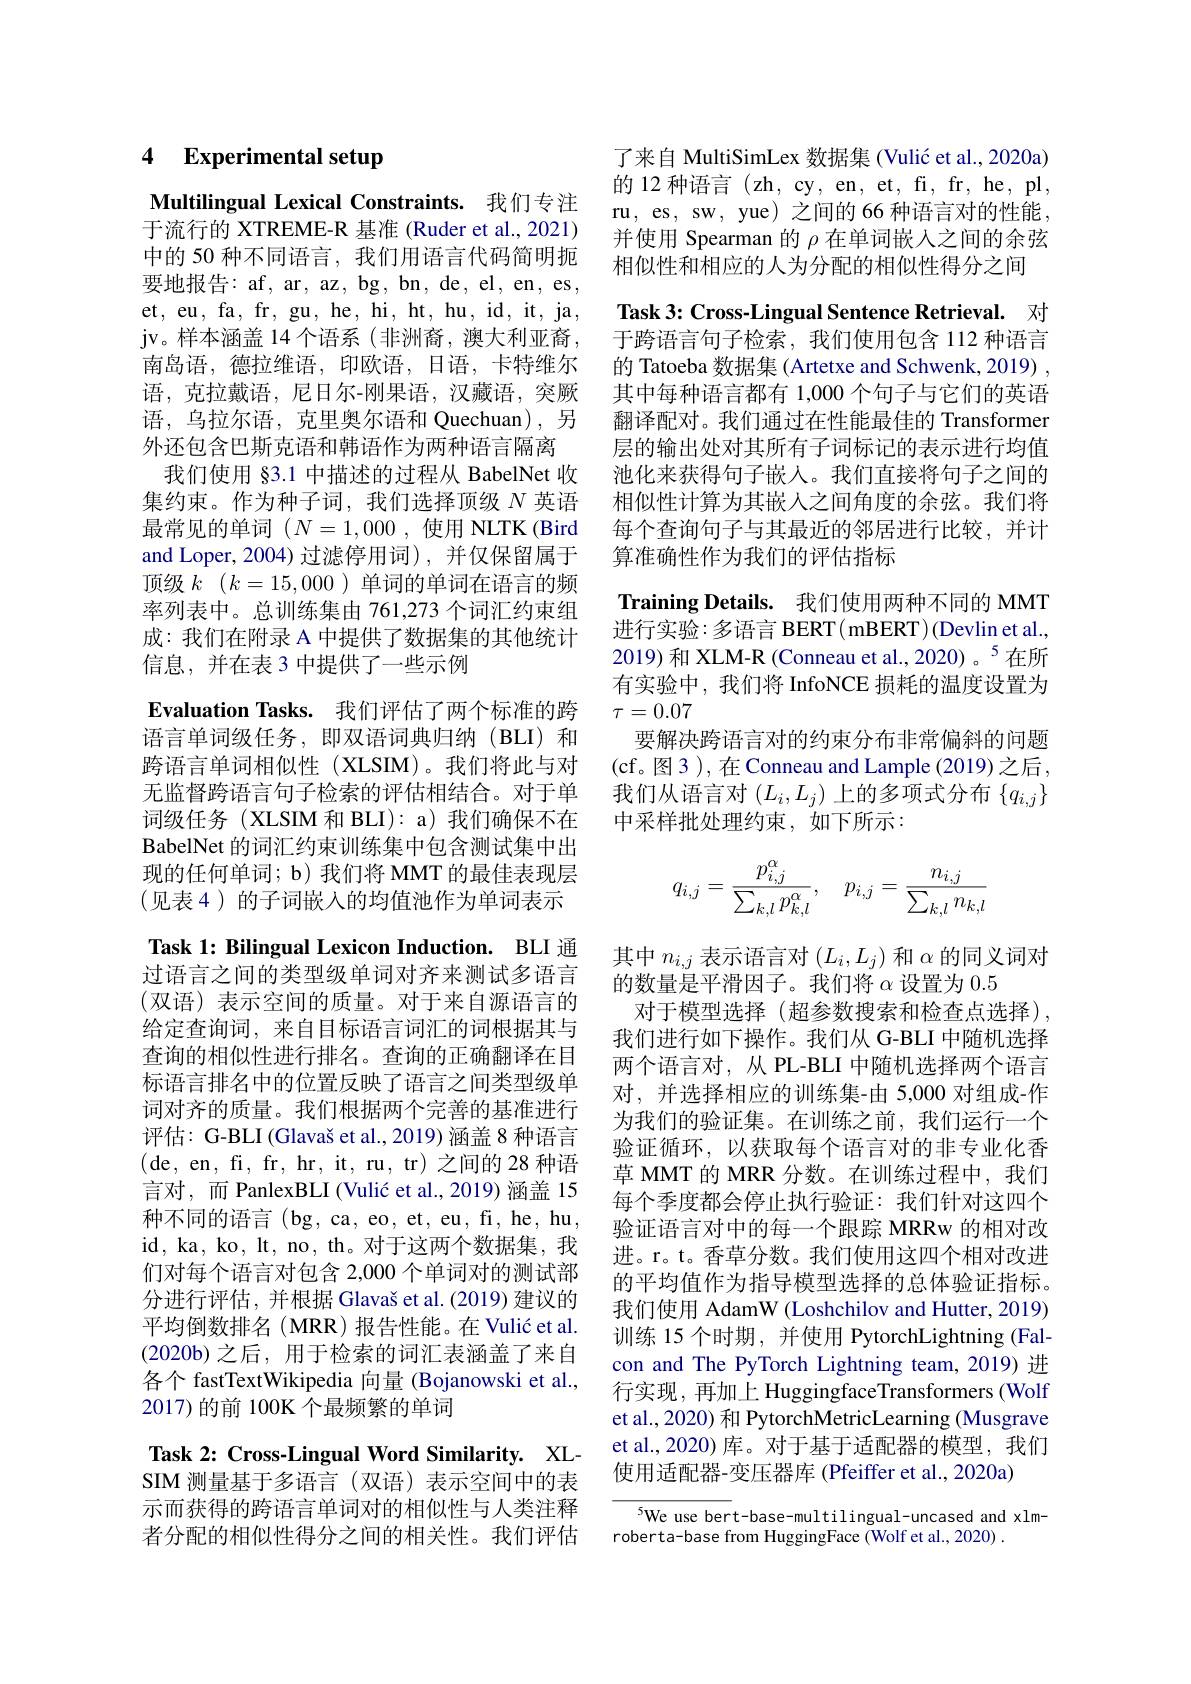
# 4 Experimental setup

Multilingual Lexical Constraints. 我们专注于流行的 XTREME-R 基准 (Ruder et al., 2021) 中的 50 种不同语言，我们用语言代码简明扼要地报告：af, ar, az, bg, bn, de, el, en, es, et, eu, fa, fr, gu, he, hi, ht, hu, id, it, ja, jv。样本涵盖 14 个语系(非洲裔，澳大利亚裔， 南岛语，德拉维语，印欧语，日语，卡特维尔语，克拉戴语，尼日尔-刚果语，汉藏语，突厥语，乌拉尔语，克里奥尔语和 Quechuan),另外还包含巴斯克语和韩语作为两种语言隔离我们使用 §3.1 中描述的过程从 BabelNet 收集约束。作为种子词，我们选择顶级$N$英语最常见的单词$(N=1,000$,使用 NLTK (Bird and Loper, 2004) 过滤停用词), 并仅保留属于顶级$k$ $( k= 15, 000$ )单词的单词在语言的频率列表中。总训练集由 761,273 个词汇约束组成：我们在附录 A 中提供了数据集的其他统计信息，并在表 3 中提供了一些示例
$\textbf{Evaluation Tasks. 我 们 评 估 了 两 个 标 准 的 跨 }$ 语言单词级任务，即双语词典归纳(BLI)和跨语言单词相似性(XLSIM)。我们将此与对无监督跨语言句子检索的评估相结合。对于单词级任务(XLSIM 和 BLI): a) 我们确保不在BabelNet 的词汇约束训练集中包含测试集中出现的任何单词；b) 我们将 MMT 的最佳表现层(见表 4)的子词嵌入的均值池作为单词表示Task 1: Bilingual Lexicon Induction. BLI 通过语言之间的类型级单词对齐来测试多语言(双语)表示空间的质量。对于来自源语言的

给定查询词，来自目标语言词汇的词根据其与查询的相似性进行排名。查询的正确翻译在目标语言排名中的位置反映了语言之间类型级单词对齐的质量。我们根据两个完善的基准进行评估：G-BLI (Glavaš et al.,2019) 涵盖 8 种语言(de,en,fi,fr,hr,it,ru,tr)之间的28种语言对，而 PanlexBLI (Vulić et al., 2019) 涵盖 15种不同的语言(bg,ca,eo,et,eu,fi,he,hu, id, ka, ko, lt, no, th。对于这两个数据集，我们对每个语言对包含 2,000 个单词对的测试部分进行评估，并根据 Glavaš et al. (2019) 建议的平均倒数排名(MRR)报告性能。在 Vulić et al. $(2020b)$之后，用于检索的词汇表涵盖了来自各个 fastTextWikipedia 向量 (Bojanowski et al., 2017)的前 100K 个最频繁的单词

Task 2: Cross-Lingual Word Similarity. XL-

SIM 测量基于多语言(双语)表示空间中的表示而获得的跨语言单词对的相似性与人类注释者分配的相似性得分之间的相关性。我们评估

了来自 MultiSimLex 数据集 (Vulić et al., 2020a) 的 12 种语言 (zh, cy, en, et, fi, fr, he, pl, ru, es, sw, yue) 之间的 66 种语言对的性能， 并使用 Spearman 的$\rho$在单词嵌人之间的余弦相似性和相应的人为分配的相似性得分之间

Task 3: Cross-Lingual Sentence Retrieval. 对于跨语言句子检索，我们使用包含 112 种语言的 Tatoeba 数据集 (Artetxe and Schwenk, 2019) , 其中每种语言都有 1,000 个句子与它们的英语翻译配对。我们通过在性能最佳的 Transformer 层的输出处对其所有子词标记的表示进行均值池化来获得句子嵌人。我们直接将句子之间的相似性计算为其嵌入之间角度的余弦。我们将每个查询句子与其最近的邻居进行比较，并计算准确性作为我们的评估指标

Training Details. 我们使用两种不同的 MMT 进行实验：多语言 BERT( mBERT)(Devlin et al., 2019) 和 XLM-R (Conneau et al.,2020) 。$^{5}$在所有实验中，我们将 InfoNCE 损耗的温度设置为$\tau=0.07$
要解决跨语言对的约束分布非常偏斜的问题(cf。图3 ), 在Conneau and Lample (2019)之后， 我们从语言对$(L_i,L_j)$上的多项式分布$\{q_{i,j}\}$ 中采样批处理约束，如下所示：
$$q_{i,j}=\frac{p_{i,j}^\alpha}{\sum_{k,l}p_{k,l}^\alpha},\quad p_{i,j}=\frac{n_{i,j}}{\sum_{k,l}n_{k,l}}$$
其中$n_{i,j}$表示语言对$(L_i,L_j)$和$\alpha$的同义词对
的数量是平滑因子。我们将$\alpha$设置为0.5
对于模型选择(超参数搜索和检查点选择), 我们进行如下操作。我们从 G-BLI 中随机选择两个语言对，从 PL-BLI 中随机选择两个语言对，并选择相应的训练集-由 5,000 对组成-作为我们的验证集。在训练之前，我们运行一个验证循环，以获取每个语言对的非专业化香草 MMT 的 MRR 分数。在训练过程中，我们每个季度都会停止执行验证：我们针对这四个验证语言对中的每一个跟踪 MRRw 的相对改进。r。t。香草分数。我们使用这四个相对改进的平均值作为指导模型选择的总体验证指标。我们使用 AdamW (Loshchilov and Hutter, 2019) 训练 15 个时期 , 并使用 PytorchLightning (Falcon and The PyTorch Lightning team,2019) 进行实现，再加上 HuggingfaceTransformers (Wolf et al., 2020) 和 PytorchMetricLearning (Musgrave et al.,2020) 库。对于基于适配器的模型，我们使用适配器-变压器库 (Pfeiffer et al., 2020a)

5We use bert-base-multilingual-uncased and xlm-
roberta-base from HuggingFace (Wolf et al., 2020) .